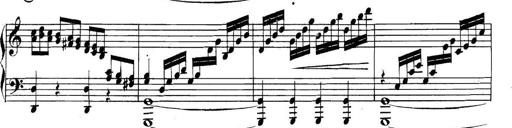
Title: Collected Piano Sonatas
Composer: Muzio Clementi